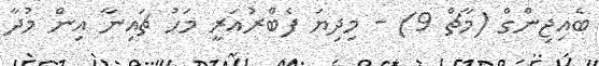
ބެއިޖިންގް (މާޗް 9) - މިދިޔަ ފެބްރުއަރީ މަހު ޗައިނާ އިން މުދާ